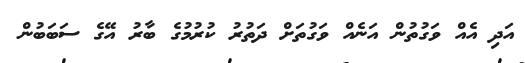
އަދި އެއް ވަގުތުން އަނެއް ވަގުތަށް ދަތުރު ކުރުމުގެ ބާރު އޭގެ ސަބަބުން